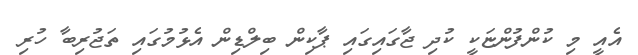
އެއީ މި ކުންފުންޏަކީ ކުދި ޖާގައިގައި ޕާކިން ބިލްޑިން އެޅުމުގައި ތަޖުރިބާ ހުރި